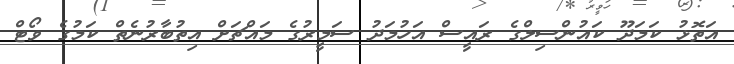
އަތޮޅު ކަމަދޫ ކައުންސިލްގެ ރައީސް އަހުމަދު ސަމީރުގެ މައްޗަށް އިތުބާރުނެތް ކަމުގެ ވޯޓް